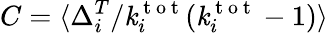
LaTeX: C=\langle\Delta_{i}^{T}/\mathit{k}_{i}^{\mathrm{{~t~o~t~}}}(\mathit{k}_{i}^{\mathrm{{~t~o~t~}}}-1)\rangle